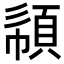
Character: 𩒧